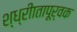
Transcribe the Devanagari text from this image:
श्ध्रीातापूर्वक